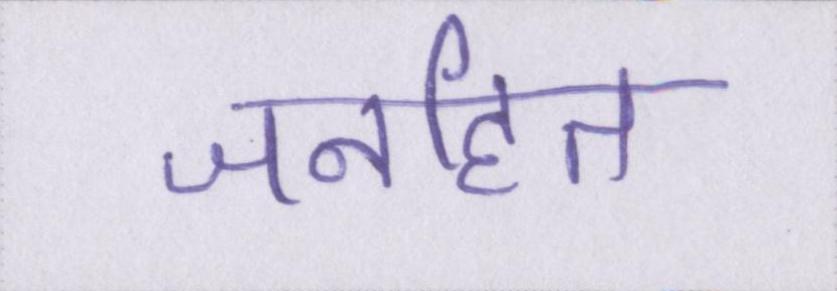
जनहित